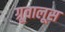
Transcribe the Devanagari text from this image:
ग्रूवालूस